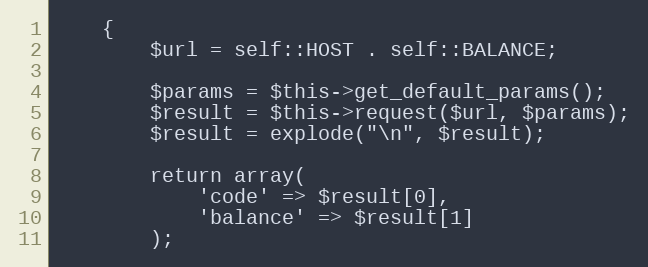
Language: PHP
    {
        $url = self::HOST . self::BALANCE;

        $params = $this->get_default_params();
        $result = $this->request($url, $params);
        $result = explode("\n", $result);

        return array(
            'code' => $result[0],
            'balance' => $result[1]
        );